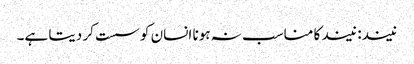
نیند: نیند کا مناسب نہ ہونا انسان کو سست کر دیتا ہے۔